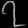
Digit: ၇